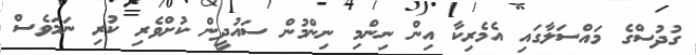
ގުދުސްގެ މައްސަލާގައި އެމެރިކާ އިން ނިންމި ނިންމުން ސައުދީން ކުށްވެރި ކުރި ނަމަވެސް